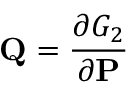
\mathbf { Q } = { \frac { \partial G _ { 2 } } { \partial \mathbf { P } } }